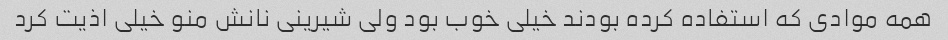
همه موادی که استفاده کرده بودند خیلی خوب بود ولی شیرینی نانش منو خیلی اذیت کرد